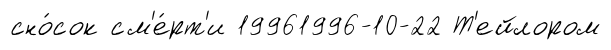
сно́сок см'е́рт'и 19961996-10-22 Т'ейлором